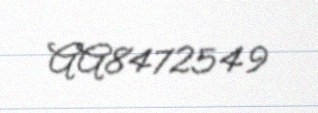
AA8472549